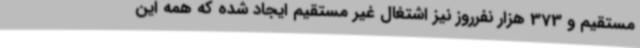
مستقیم و 373 هزار نفرروز نیز اشتغال غیر مستقیم ایجاد شده که همه این